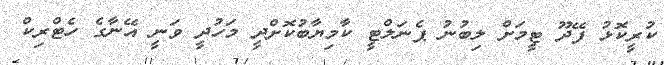
ކުރީކޮޅު ފޭދޫ ޓީމަށް ލިބުނު ޕެނަލްޓީ ކާމިޔާބުކޮށްދީ މަހުދީ ވަނީ އޭނާގެ ހެޓްރިކް